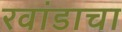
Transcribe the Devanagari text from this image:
रवांडाचा